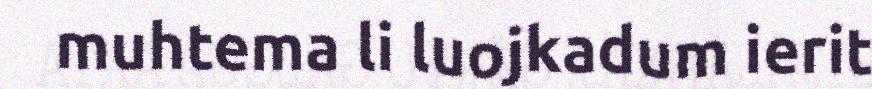
muhtema li luojkadum ierit